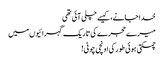
خدا جانے، کیسے چلی آئی تھی
میرے حجرے کی تاریک گہرائیوں میں
چمکتی ہوئی طور کی اونچی چوٹی!